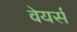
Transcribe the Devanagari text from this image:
वेयर्स